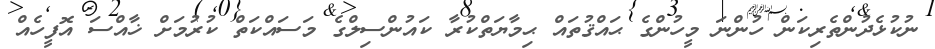
ނުކުޅެދުންތެރިކަން ހުންނަ މީހުންގެ ޙައްޤުތައް ޙިމާޔަތްކުރާ ކައުންސިލްގެ މަސައްކަތް ކުރުމަށް ޚާއްސަ އޮފީހެއް